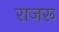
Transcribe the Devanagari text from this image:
राजरू